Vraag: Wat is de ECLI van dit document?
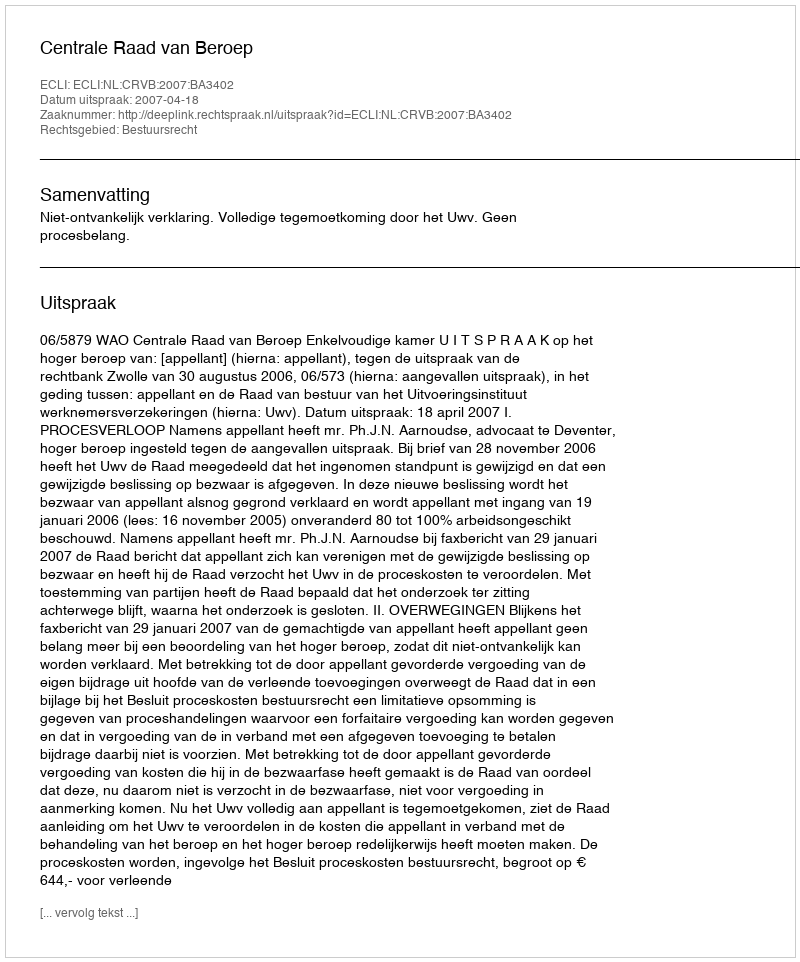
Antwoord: ECLI:NL:CRVB:2007:BA3402